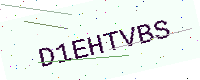
Text: D1EHTVBS